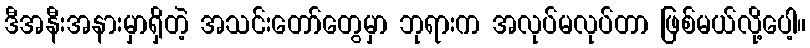
ဒီအနီးအနားမှာရှိတဲ့ အသင်းတော်တွေမှာ ဘုရားက အလုပ်မလုပ်တာ ဖြစ်မယ်လို့ပေါ့။